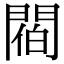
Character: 𨵁